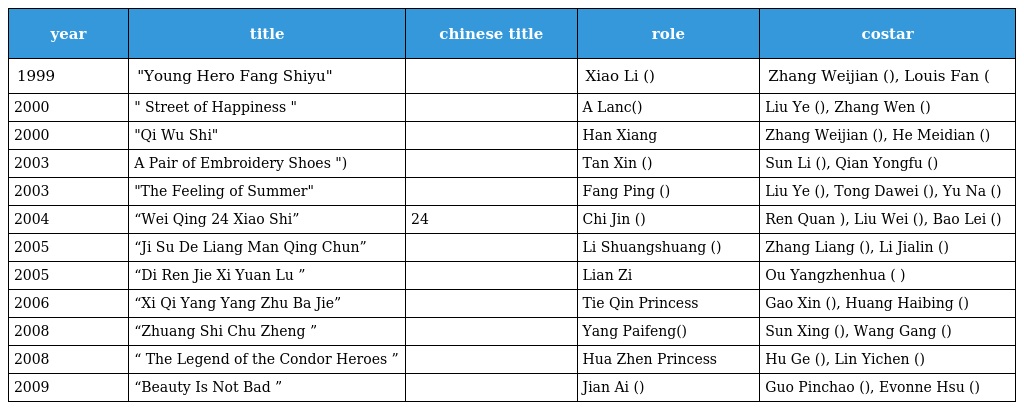
| year | title | chinese title | role | costar |
 | --- | --- | --- | --- | --- |
 | 1999 | "Young Hero Fang Shiyu" | 少年英雄方世玉 | Xiao Li (小丽) | Zhang Weijian (张卫健), Louis Fan (樊少皇） |
 | 2000 | " Street of Happiness " | 幸福街 | A Lanc(阿兰) | Liu Ye (刘烨), Zhang Wen (张文) |
 | 2000 | "Qi Wu Shi" | 棋武士 | Han Xiang（含香） | Zhang Weijian (张卫健), He Meidian (何美钿) |
 | 2003 | A Pair of Embroidery Shoes ") | 一双绣花鞋 | Tan Xin (谭辛) | Sun Li (孙俪), Qian Yongfu (钱勇夫) |
 | 2003 | "The Feeling of Summer" | 夏天的味道 | Fang Ping (方平) | Liu Ye (刘烨), Tong Dawei (佟大为), Yu Na (于娜) |
 | 2004 | “Wei Qing 24 Xiao Shi” | 危情24小时 | Chi Jin (迟瑾) | Ren Quan 任泉), Liu Wei (刘威), Bao Lei (鲍蕾) |
 | 2005 | “Ji Su De Liang Man Qing Chun” | 极度的浪漫青春 | Li Shuangshuang (李爽爽) | Zhang Liang (张亮), Li Jialin (李佳璘) |
 | 2005 | “Di Ren Jie Xi Yuan Lu ” | 狄仁杰洗冤录 | Lian Zi（莲子） | Ou Yangzhenhua ( 欧阳震华) |
 | 2006 | “Xi Qi Yang Yang Zhu Ba Jie” | 喜气洋洋猪八戒 | Tie Qin Princess（铁琴公主） | Gao Xin (高鑫), Huang Haibing (黄海冰) |
 | 2008 | “Zhuang Shi Chu Zheng ” | 壮士出征 | Yang Paifeng(杨排风) | Sun Xing (孙兴), Wang Gang (王刚) |
 | 2008 | “ The Legend of the Condor Heroes ” | 射雕英雄传 | Hua Zhen Princess（华筝公主） | Hu Ge (胡歌), Lin Yichen (林依晨) |
 | 2009 | “Beauty Is Not Bad ” | 美女不坏 | Jian Ai (简爱) | Guo Pinchao (郭品超), Evonne Hsu (许慧欣) |